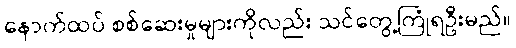
နောက်ထပ် စစ်ဆေးမှုများကိုလည်း သင်တွေ့ကြုံရဦးမည်။